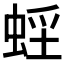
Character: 𧋭